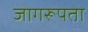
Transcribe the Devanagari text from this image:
जागरूपता